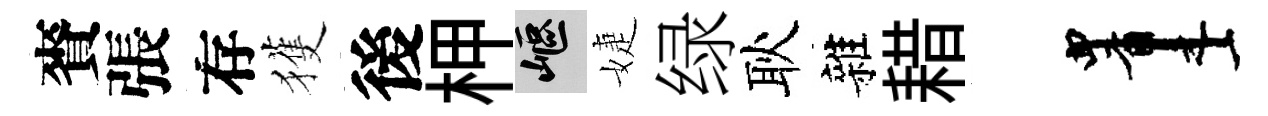
賚張存獲後柙嶇婕绿耿雜耤画